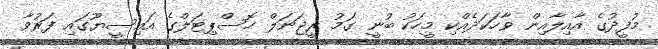
މުފީދުގެ އާއިލާއިން ވާހަކަދެއްކި މީހަކު ބުނީ ގަމު ރީޖަނަލް ހޮސްޕިޓަލްގެ އައިސީޔޫގައި ފަރުވާ